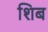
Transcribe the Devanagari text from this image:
शिब